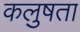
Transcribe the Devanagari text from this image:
कलुषता